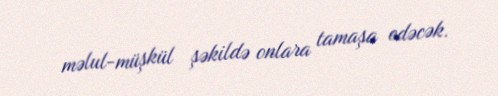
məlul-müşkül şəkildə onlara tamaşa edəcək.